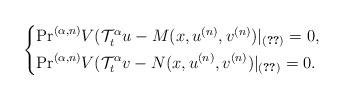
LaTeX: \begin{align*}\left\{\begin{aligned}&\mathrm{Pr}^{(\alpha,n)}V(\mathcal{T}_t^\alpha u-M(x,u^{(n)},v^{(n)})|_{\eqref{parabolic equations}}=0,\\&\mathrm{Pr}^{(\alpha,n)}V(\mathcal{T}_t^\alpha v-N(x,u^{(n)},v^{(n)})|_{\eqref{parabolic equations}}=0.\end{aligned}\right.\end{align*}